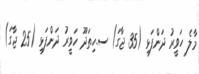
މާލެ ހަވީރު ދަންފަޅި (35 ޖާގަ) ސ.ހިތަދޫ ހަވީރު ދަންފަޅި (25 ޖާގަ)